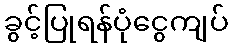
ခွင့်ပြုရန်ပုံငွေကျပ်